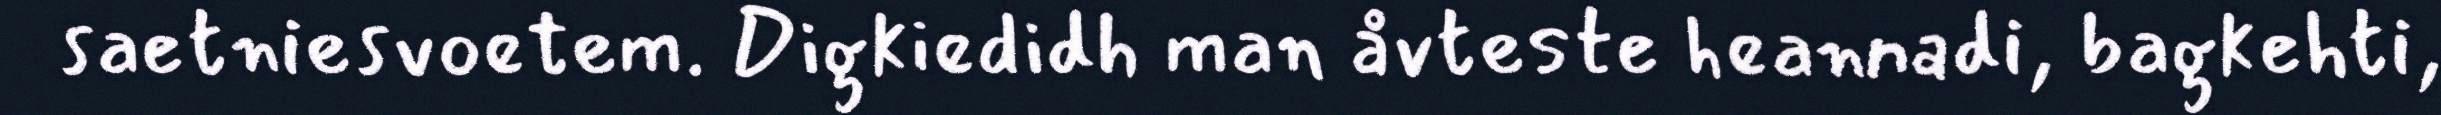
saetniesvoetem. Digkiedidh man åvteste heannadi, bagkehti,